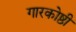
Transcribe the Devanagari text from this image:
गारकोष्ठी